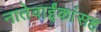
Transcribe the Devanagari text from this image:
नातेवाईंकांंसह